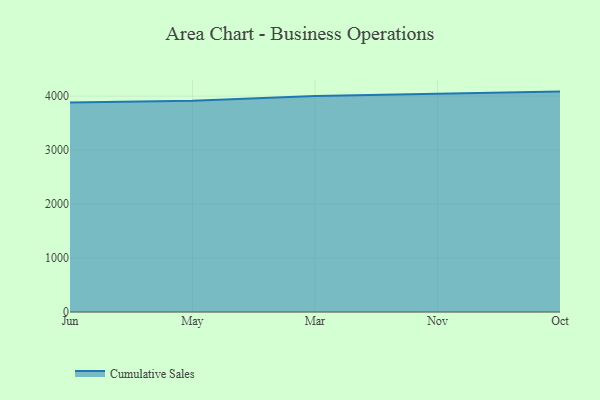
{"axis": {"x": "Month", "y": "Headcount"}, "legend": ["Cumulative Sales"], "data": [{"x": "Jun", "y": 3880.4, "type": "Cumulative Sales"}, {"x": "May", "y": 3916.5, "type": "Cumulative Sales"}, {"x": "Mar", "y": 4003.6, "type": "Cumulative Sales"}, {"x": "Nov", "y": 4049.4, "type": "Cumulative Sales"}, {"x": "Oct", "y": 4084.6, "type": "Cumulative Sales"}]}